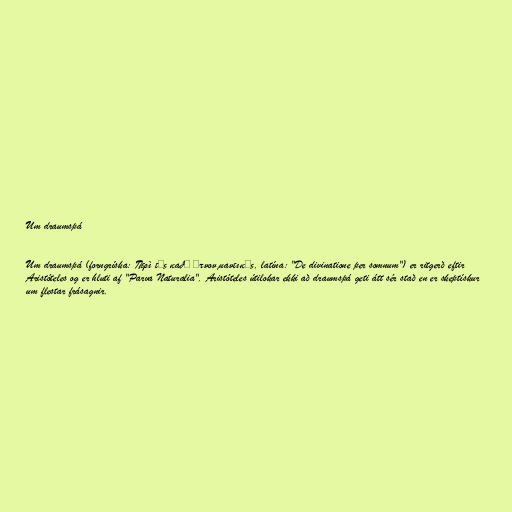
Um draumspá

Um draumspá (forngríska: Περὶ τῆς καθ᾽ ὕπνον μαντικῆς, latína: "De divinatione per somnum") er ritgerð eftir
Aristóteles og er hluti af "Parva Naturalia". Aristóteles útilokar ekki að draumspá geti átt sér stað en er skeptískur
um flestar frásagnir.